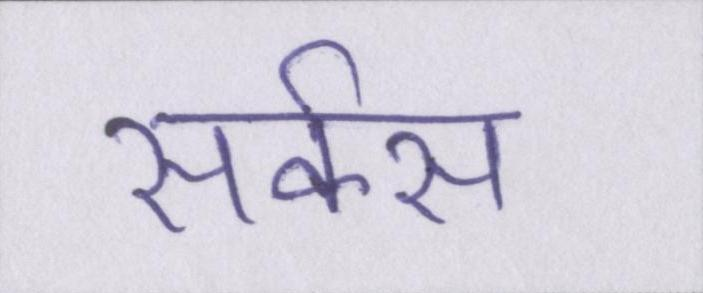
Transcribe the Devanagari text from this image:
सर्कस